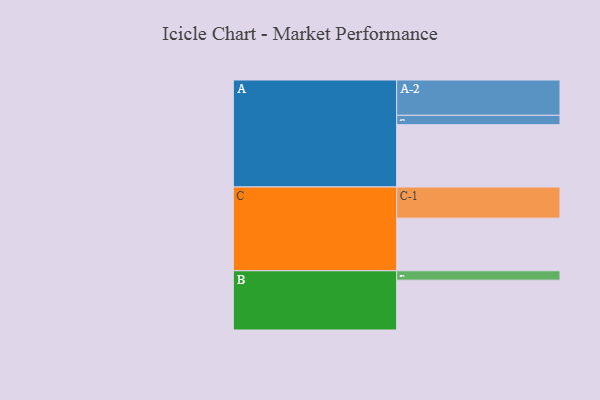
{"axis": {"x": "Segment", "y": "Value"}, "legend": ["", "A", "B", "C"], "data": [{"x": "A", "y": 450, "type": ""}, {"x": "B", "y": 360, "type": ""}, {"x": "C", "y": 380, "type": ""}, {"x": "A-1", "y": 68, "type": "A"}, {"x": "A-2", "y": 255, "type": "A"}, {"x": "B-1", "y": 68, "type": "B"}, {"x": "C-1", "y": 225, "type": "C"}]}